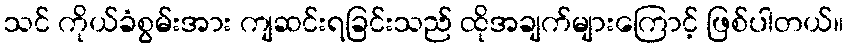
သင် ကိုယ်ခံစွမ်းအား ကျဆင်းရခြင်းသည် ထိုအချက်များကြောင့် ဖြစ်ပါတယ်။